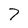
Character: 7